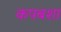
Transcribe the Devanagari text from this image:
कपबशा